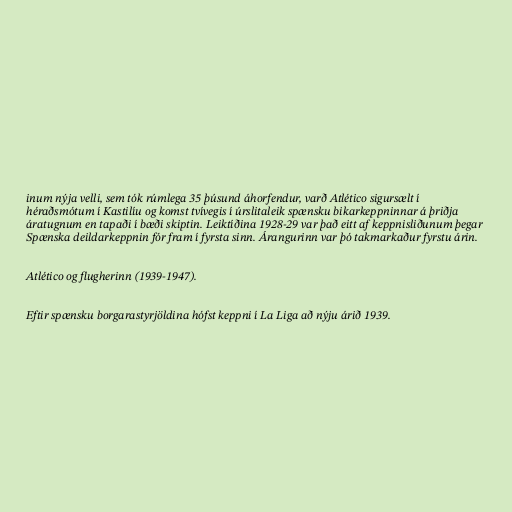
inum nýja velli, sem tók rúmlega 35 þúsund áhorfendur, varð Atlético sigursælt í
héraðsmótum í Kastilíu og komst tvívegis í úrslitaleik spænsku bikarkeppninnar á þriðja
áratugnum en tapaði í bæði skiptin. Leiktíðina 1928-29 var það eitt af keppnisliðunum þegar
Spænska deildarkeppnin fór fram í fyrsta sinn. Árangurinn var þó takmarkaður fyrstu árin.

Atlético og flugherinn (1939-1947).

Eftir spænsku borgarastyrjöldina hófst keppni í La Liga að nýju árið 1939.